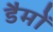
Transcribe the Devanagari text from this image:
डैमों